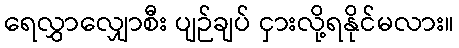
ရေလွှာလျှောစီး ပျဉ်ချပ် ငှားလို့ရနိုင်မလား။